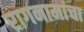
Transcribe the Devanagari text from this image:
रागनामांचा